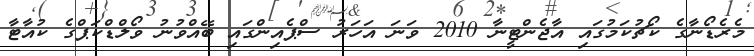
މެރެޑޯނާގެ ކޯޗުކަމުގައި އާޖެންޓީނާ 2010 ވަނަ އަހަރު ސްޕެއިންގައި ބޭއްވުނު ވޯލްޑްކަޕްގެ ކުއާޓާ